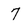
Character: 7